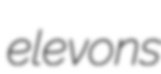
elevons